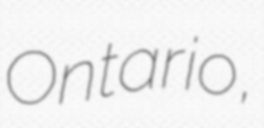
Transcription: Ontario,